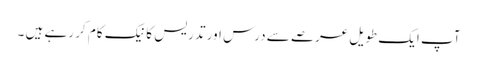
آپ ایک طویل عرصے سے درس اور تدریس کا نیک کام کر رہے ہیں ۔